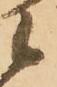
候